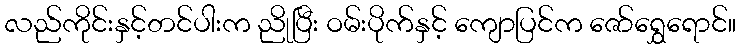
လည်ကိုင်းနှင့်တင်ပါးက ညိုပြီး ဝမ်းပိုက်နှင့် ကျောပြင်က ဇော်ရွှေရောင်။